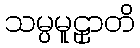
သမ္ပမူဠှာတိ